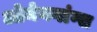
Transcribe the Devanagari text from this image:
ओमेनगांग्स